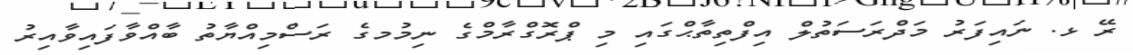
ރޭ ޅ. ނައިފަރު މަދްރަސަތުލް އިފްތިތާޙްގައި މި ޕްރޮގްރާމްގެ ނިމުމގެ ރަސްމިއްޔާތު ބާއްވާފައިވާއިރު